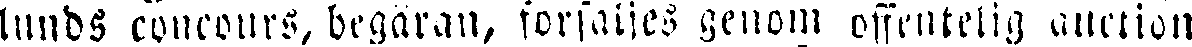
lunds concours, begäran, forsäljes genom offentelig auction